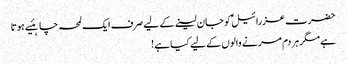
حضرت عزرائیلؑ کو جان لینے کے لیے صرف ایک لمحہ چاہئیے ہوتا
ہے مگرہر دم مر نے والوں کے لیے کیا ہے!